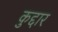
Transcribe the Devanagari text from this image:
कुद्दार